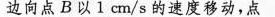
边向点B以1cm/s的速度移动，点